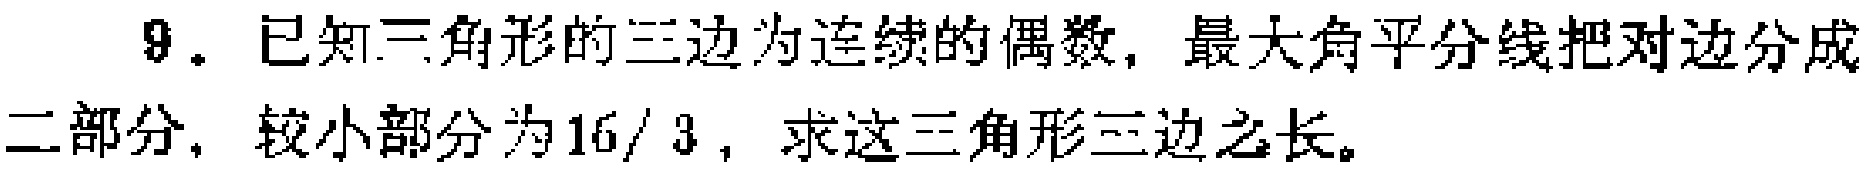
9. 已知三角形的三边为连续的偶数，最大角平分线把对边分成二部分，较小部分为\(16/3\)，求这三角形三边之长。